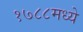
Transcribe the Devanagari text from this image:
१७८८मध्ये